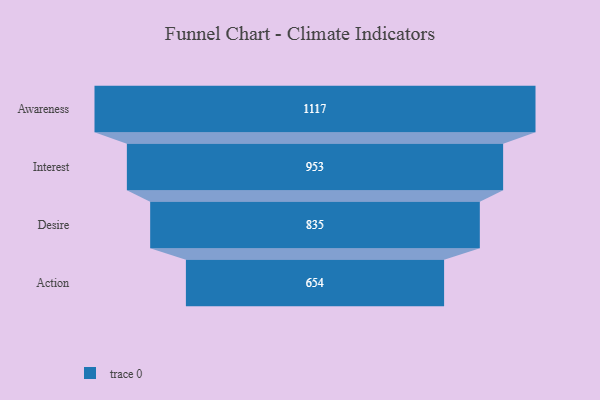
{"axis": {"x": "Stage", "y": "Value"}, "legend": [""], "data": [{"x": "Awareness", "y": 1117.0, "type": ""}, {"x": "Interest", "y": 953.0, "type": ""}, {"x": "Desire", "y": 835.0, "type": ""}, {"x": "Action", "y": 654.0, "type": ""}]}